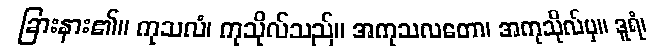
ခြားနား၏။ ကုသလံ၊ ကုသိုလ်သည်။ အကုသလတော၊ အကုသိုလ်မှ။ ဒူရံ၊